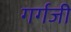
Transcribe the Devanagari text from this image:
गर्गजी